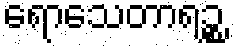
ရောသေတာရဉ္စ